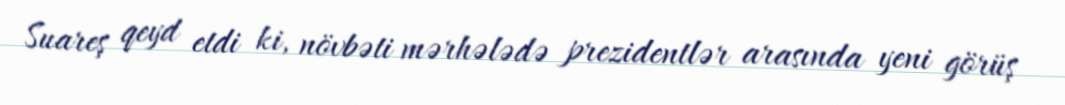
Suareş qeyd etdi ki, növbəti mərhələdə prezidentlər arasında yeni görüş